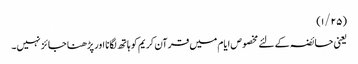
(۱/۲۵)
یعنی حائضہ کے لئے مخصوص ایام میں قرآن کریم کو ہاتھ لگانا اور پڑھنا جائز نہیں۔